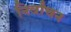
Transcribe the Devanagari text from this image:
निर्वांचन